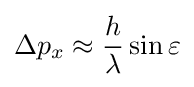
\Delta p_{x}\approx {\frac {h}{\lambda }}\sin \varepsilon